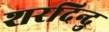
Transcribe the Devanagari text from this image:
शरदिन्दु